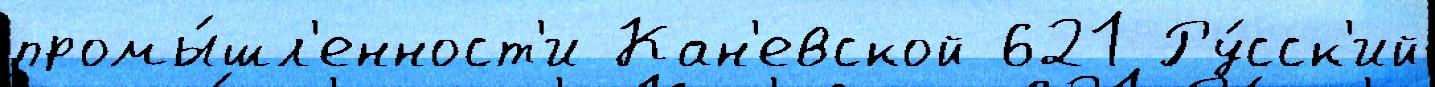
промы́шл'енност'и Кан'евской 621 Ру́сск'ий